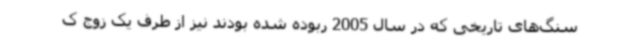
سنگ‌های تاریخی که در سال 2005 ربوده شده بودند نیز از طرف یک زوج ک